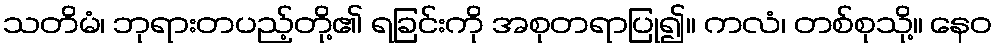
သတိမံ၊ ဘုရားတပည့်တို့၏ ရခြင်းကို အစုတရာပြု၍။ ကလံ၊ တစ်စုသို့။ နေဝ